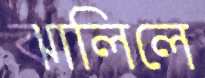
ঝালিলে